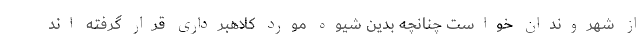
از شهروندان خواست چنانچه بدین شیوه مورد کلاهبرداری قرار گرفته اند